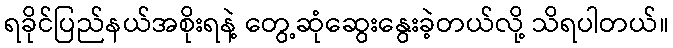
ရခိုင်ပြည်နယ်အစိုးရနဲ့ တွေ့ဆုံဆွေးနွေးခဲ့တယ်လို့ သိရပါတယ်။